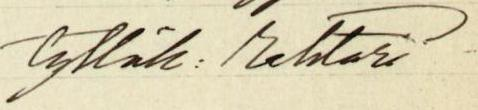
tyttök: rehtori